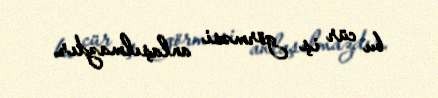
bu cür iş görməsi anlaşılmazdır.